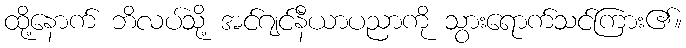
ထို့နောက် ဘိလပ်သို့ အင်ဂျင်နီယာပညာကို သွားရောက်သင်ကြား၏။